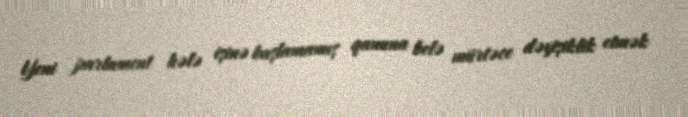
Yeni parlament hələ işinə başlamamış qanuna belə mürtəce dəyişiklik etmək